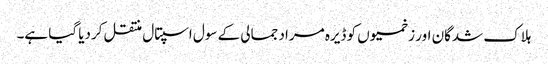
ہلاک شدگان اور زخمیوں کو ڈیرہ مراد جمالی کے سول اسپتال منتقل کردیا گیا ہے۔